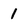
Character: 1